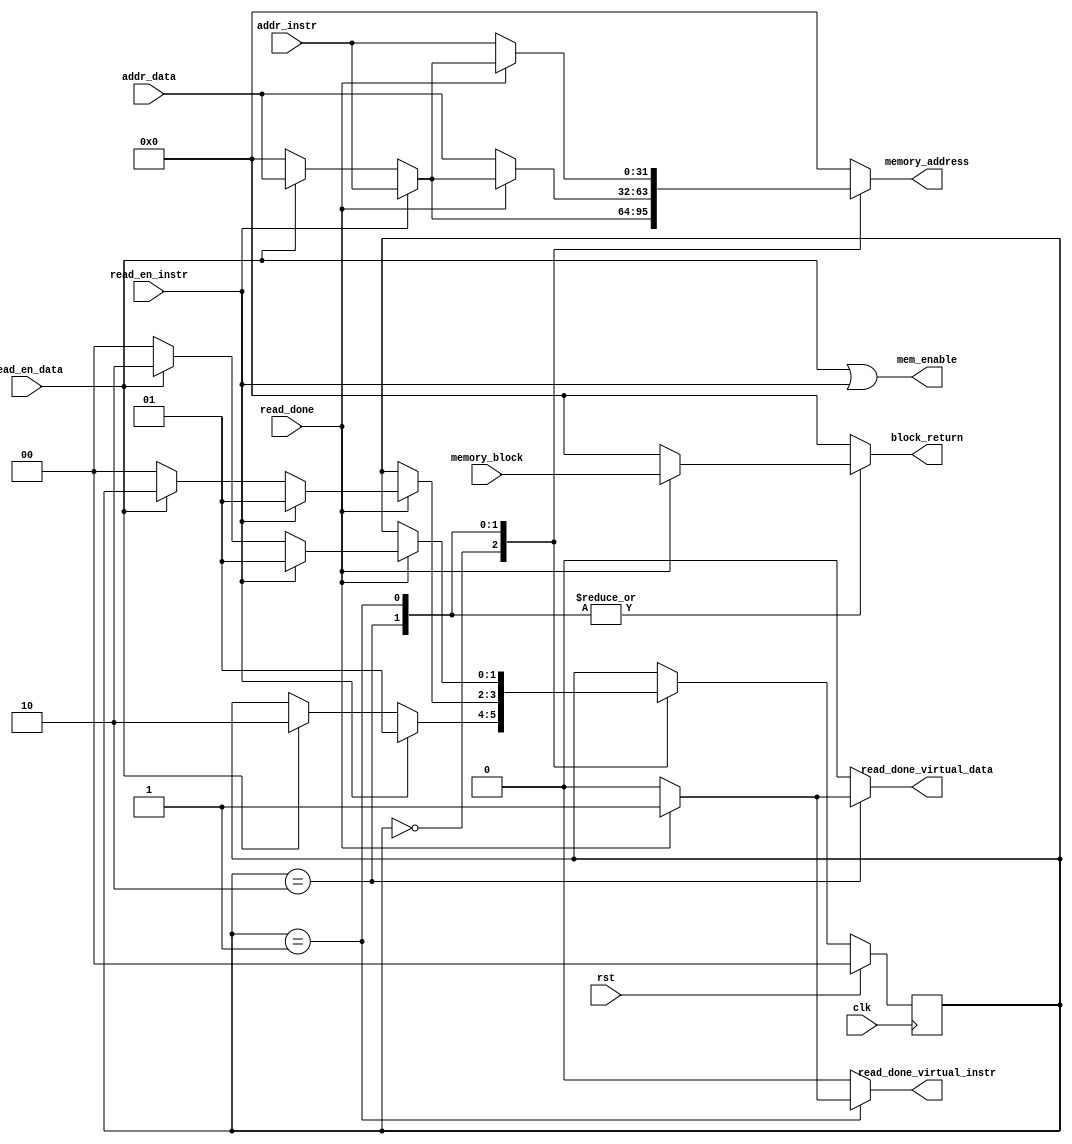
`timescale 1ns/10ps

module priority_handler 
#(  parameter DATA_WIDTH = 32,
    parameter ADDRESS_WIDTH = 32,
    parameter BLOCK_WIDTH = 32
)

(
    clk, rst, 
    read_en_instr, read_en_data, 
    read_done,
    read_done_virtual_data, read_done_virtual_instr,
    addr_data, addr_instr, 
    memory_block, memory_address, mem_enable,
    block_return
);

input clk, rst;
input read_en_instr, read_en_data;
input [ADDRESS_WIDTH-1:0] addr_data, addr_instr;
input [BLOCK_WIDTH-1:0] memory_block;
input read_done;

output reg [ADDRESS_WIDTH-1:0] memory_address;
output mem_enable;
output reg   [BLOCK_WIDTH-1:0] block_return;
output reg read_done_virtual_data, read_done_virtual_instr;

parameter   STATE_idle = 2'b00,
            STATE_INSTR_READING = 2'b01,
            STATE_DATA_READING = 2'b10;


reg [1:0] current_state;
reg [1:0] next_state;

always @(posedge clk) begin

    if (rst) begin
        current_state <= STATE_idle;
    end
    else begin
        current_state <= next_state;
    end
end

assign mem_enable = read_en_data | read_en_instr;

/*read_en_data, read_en_instr, read_done, current_state*/
always @(*) begin
    
    next_state = current_state;

    memory_address = {ADDRESS_WIDTH{1'b0}};
    read_done_virtual_data = 1'b0;  read_done_virtual_instr = 1'b0;
    block_return = {BLOCK_WIDTH{1'b0}};

    case (current_state)
        STATE_idle: begin
            if (read_en_instr) begin
                memory_address = addr_instr;

                next_state = STATE_INSTR_READING;
            end
            else if (read_en_data) begin
                memory_address = addr_data;

                next_state = STATE_DATA_READING;

            end
        end
        STATE_DATA_READING: begin
            if (read_done) begin
                
                if (read_en_instr) begin
                    memory_address = addr_instr;
                    next_state = STATE_INSTR_READING;
                    block_return = memory_block;
                    read_done_virtual_data = 1'b1;
                end
                else if (read_en_data) begin
                    memory_address = addr_data;
                    block_return = memory_block;
                    read_done_virtual_data = 1'b1;
                    
                end
                else begin
                    next_state = STATE_idle;
                    block_return = memory_block;
                    read_done_virtual_data = 1'b1;
                end

            end
            else begin
                memory_address = addr_data;

            end    

        end
        STATE_INSTR_READING: begin
            if (read_done) begin
                
                
                if (read_en_instr) begin
                    memory_address = addr_instr;
                    next_state = STATE_INSTR_READING;
                    read_done_virtual_instr = 1'b1;
                    block_return = memory_block;
                end
                else if (read_en_data) begin
                    memory_address = addr_data;
                    next_state = STATE_DATA_READING;
                    read_done_virtual_instr = 1'b1;
                    block_return = memory_block;
                end
                else begin
                    next_state = STATE_idle;
                    read_done_virtual_instr = 1'b1;
                    block_return = memory_block;

                end

            end
            else begin
                memory_address = addr_instr;
            end
        end
    endcase

end






endmodule